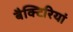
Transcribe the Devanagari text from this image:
बैक्टिरियां